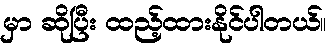
မှာ ဆိုပြီး ထည့်ထားနိုင်ပါတယ်။